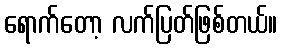
ရောက်တော့ လက်ပြတ်ဖြစ်တယ်။